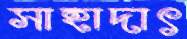
সাহাদাৎ